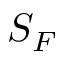
S _ { F }